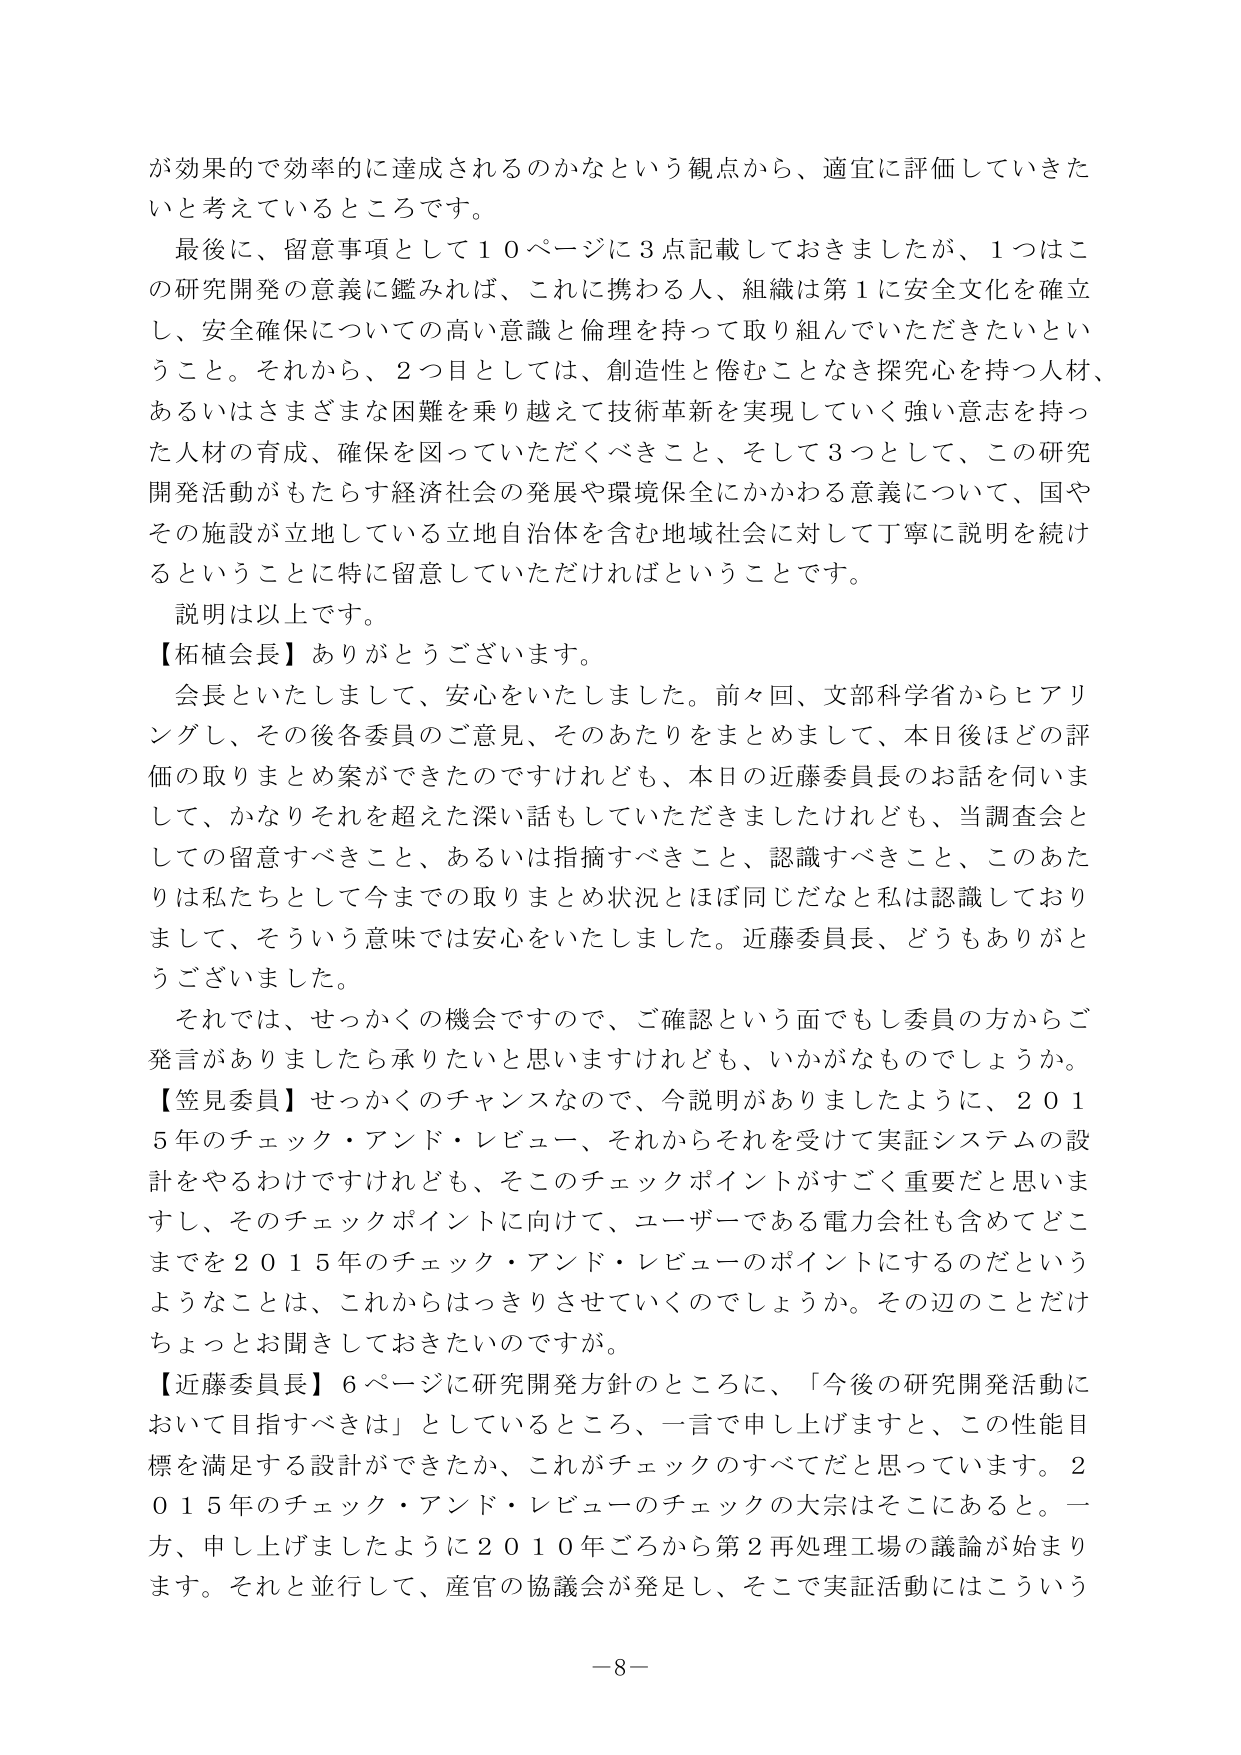
が効果的で効率的に達成されるのかなという観点から、適宜に評価していきたいと考えているところです。

最後に、留意事項として１０ページに３点記載しておきましたが、１つはこの研究開発の意義に鑑みれば、これに携わる人、組織は第１に安全文化を確立し、安全確保についての高い意識と倫理を持って取り組んでいただきたいということ。それから、２つ目としては、創造性と倦むことなき探究心を持つ人材、あるいはさまざまな困難を乗り越えて技術革新を実現していく強い意志を持った人材の育成、確保を図っていただくべきこと、そして３つとして、この研究開発活動がもたらす経済社会の発展や環境保全にかかわる意義について、国やその施設が立地している立地自治体を含む地域社会に対して丁寧に説明を続けるということに特に留意していただければということです。

説明は以上です。

【柘植会長】ありがとうございます。

会長といたしまして、安心をいたしました。前々回、文部科学省からヒアリングし、その後各委員のご意見、そのあたりをまとめまして、本日後ほどの評価の取りまとめ案ができたのですけれども、本日の近藤委員長のお話を伺いまして、かなりそれを超えた深い話もしていただきましたけれども、当調査会としての留意すべきこと、あるいは指摘すべきこと、認識すべきこと、このあたりは私たちとして今までの取りまとめ状況とほぼ同じだなと私は認識しておりまして、そういう意味では安心をいたしました。近藤委員長、どうもありがとうございました。

それでは、せっかくの機会ですので、ご確認という面でもし委員の方からご発言がありましたら承りたいと思いますけれども、いかがなものでしょうか。

【笠見委員】せっかくのチャンスなので、今説明がありましたように、２０１５年のチェック・アンド・レビュー、それからそれを受けて実証システムの設計をやるわけですがけれども、そこのチェックポイントがすごく重要だと思いますし、そのチェックポイントに向けて、ユーザーである電力会社も含めてどこまでを２０１５年のチェック・アンド・レビューのポイントにするのだというようなことは、これからはっきりさせていくのでしょうか。その辺のことだけちょっとお聞きしておきたいのですが。

【近藤委員長】６ページに研究開発方針のところに、「今後の研究開発活動において目指すべきは」としているところ、一言で申し上げますと、この性能目標を満足する設計ができたか、これがチェックのすべてだと思っています。２０１５年のチェック・アンド・レビューのチェックの大宗はそこにあると。一方、申し上げましたように２０１０年ごろから第２再処理工場の議論が始まります。それと並行して、産官の協議会が発足し、そこで実証活動にはこういう

－8－